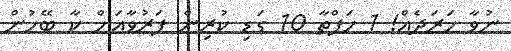
ނުވާ ހަރަދެއް! 1 ހަފްތާ 10 ގަޑި ކުރިން ފަރުވާއަށް ކާ ބޭހުން